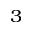
_ 3